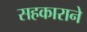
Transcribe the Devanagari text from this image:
सहकाराने